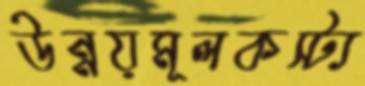
উন্নয়মূলকস্ট্য